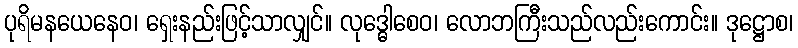
ပုရိမနယေနေဝ၊ ရှေးနည်းဖြင့်သာလျှင်။ လုဒ္ဓေါစေဝ၊ လောဘကြီးသည်လည်းကောင်း။ ဒုဋ္ဌောစ၊